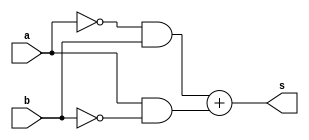
//...............
//Exemplo0011 - XOR
//Nome: Mateus Lima Batista
//...............

//...............
//..gate
//...............
module xorgate (output s, input a,b);
assign s = (~a&b)+(a&~b);
endmodule
//...........teste
module testexorgate;
reg a,b;
wire s;

xorgate XOR1(s,a,b);
initial begin:start
a = 0; 
b = 0;
end

initial begin:main
$display("Exemplo0011 - Mateus Lima Batista - 451410");
$display("Test XOR gate");
$display("\na'b+ab' = s\n");
$monitor ("\n((~%b)(%b)+ (%b)(~%b)) = %b" , a,b,a,b,s);
#1 a = 0; b = 1;
#1 a = 1; b = 0;
#1 a = 1; b = 1;
end
endmodule